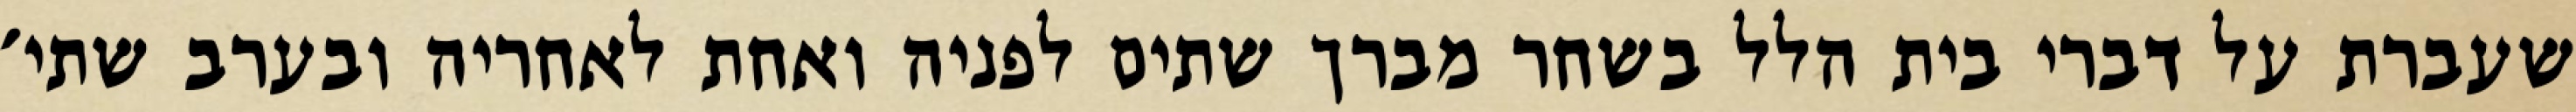
שעברת על דברי בית הלל בשחר מברך שתים לפניה ואחת לאחריה ובערב שתי׳